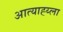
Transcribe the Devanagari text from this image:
आत्याह्य्ला